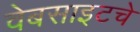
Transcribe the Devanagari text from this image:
वेबसाइटचे